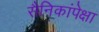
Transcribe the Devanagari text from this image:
सैनिकांपेक्षा